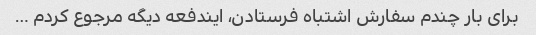
برای بار چندم سفارش اشتباه فرستادن، ایندفعه دیگه مرجوع کردم …